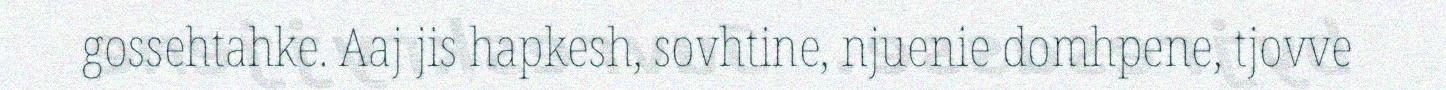
gossehtahke. Aaj jis hapkesh, sovhtine, njuenie domhpene, tjovve